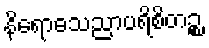
နိရောဓသညာပရိစိတဉ္စ